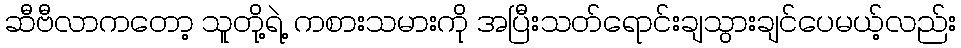
ဆီဗီလာကတော့ သူတို့ရဲ့ ကစားသမားကို အပြီးသတ်ရောင်းချသွားချင်ပေမယ့်လည်း